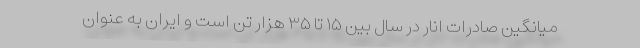
میانگین صادرات انار در سال بین ۱۵ تا ۳۵ هزار تن است و ایران به‌ عنوان